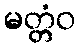
မတ္တံဝ